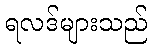
ရလဒ်များသည်